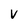
Character: V